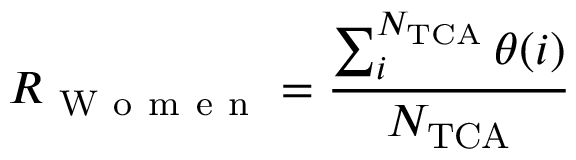
R _ { { \mathrm { ~ W ~ o ~ m ~ e ~ n ~ } } } = \frac { \sum _ { i } ^ { N _ { \mathrm { T C A } } } \theta ( i ) } { N _ { \mathrm { T C A } } }